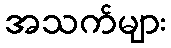
အသက်များ